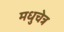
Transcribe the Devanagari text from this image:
मधुचेत्र